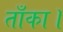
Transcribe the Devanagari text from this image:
ताँका।